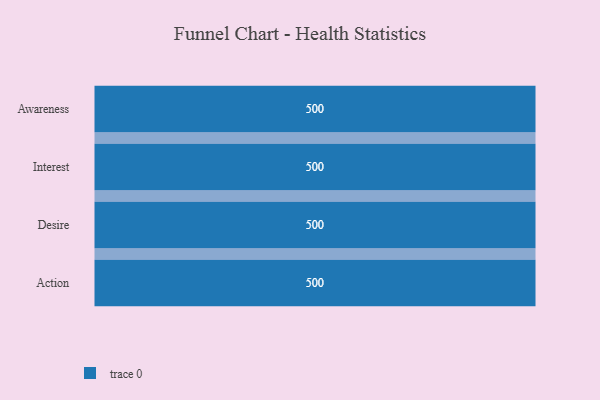
{"axis": {"x": "Stage", "y": "Value"}, "legend": [""], "data": [{"x": "Awareness", "y": 500, "type": ""}, {"x": "Interest", "y": 500, "type": ""}, {"x": "Desire", "y": 500, "type": ""}, {"x": "Action", "y": 500, "type": ""}]}